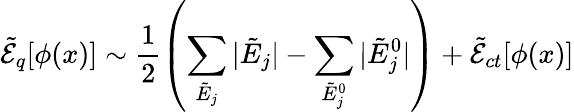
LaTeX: \tilde{\cal E}_{q}[\phi(x)]\sim\frac{1}{2}\left(\sum_{\tilde{E}_{j}}|\tilde{E}_{j}|-\sum_{\tilde{E}_{j}^{0}}|\tilde{E}_{j}^{0}|\right)+\tilde{\cal E}_{ct}[\phi(x)]